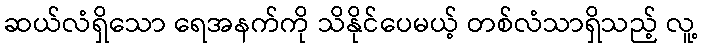
ဆယ်လံရှိသော ရေအနက်ကို သိနိုင်ပေမယ့် တစ်လံသာရှိသည့် လူ့